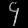
Digit: ၄